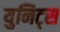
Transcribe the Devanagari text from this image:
युनिट्स